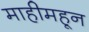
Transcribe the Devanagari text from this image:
माहीमहून